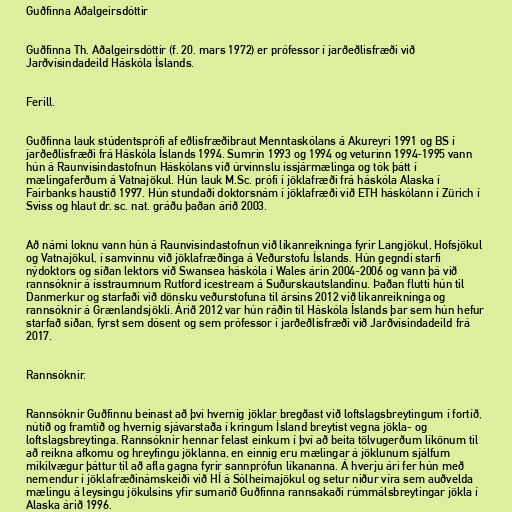
Guðfinna Aðalgeirsdóttir

Guðfinna Th. Aðalgeirsdóttir (f. 20. mars 1972) er prófessor í jarðeðlisfræði við
Jarðvísindadeild Háskóla Íslands.

Ferill.

Guðfinna lauk stúdentsprófi af eðlisfræðibraut Menntaskólans á Akureyri 1991 og BS í
jarðeðlisfræði frá Háskóla Íslands 1994. Sumrin 1993 og 1994 og veturinn 1994-1995 vann
hún á Raunvísindastofnun Háskólans við úrvinnslu íssjármælinga og tók þátt í
mælingaferðum á Vatnajökul. Hún lauk M.Sc. prófi í jöklafræði frá háskóla Alaska í
Fairbanks haustið 1997. Hún stundaði doktorsnám í jöklafræði við ETH háskólann í Zürich í
Sviss og hlaut dr. sc. nat. gráðu þaðan árið 2003.

Að námi loknu vann hún á Raunvísindastofnun við líkanreikninga fyrir Langjökul, Hofsjökul
og Vatnajökul, í samvinnu við jöklafræðinga á Veðurstofu Íslands. Hún gegndi starfi
nýdoktors og síðan lektors við Swansea háskóla í Wales árin 2004-2006 og vann þá við
rannsóknir á ísstraumnum Rutford icestream á Suðurskautslandinu. Þaðan flutti hún til
Danmerkur og starfaði við dönsku veðurstofuna til ársins 2012 við líkanreikninga og
rannsóknir á Grænlandsjökli. Árið 2012 var hún ráðin til Háskóla Íslands þar sem hún hefur
starfað síðan, fyrst sem dósent og sem prófessor í jarðeðlisfræði við Jarðvísindadeild frá
2017.

Rannsóknir.

Rannsóknir Guðfinnu beinast að því hvernig jöklar bregðast við loftslagsbreytingum í fortíð,
nútíð og framtíð og hvernig sjávarstaða í kringum Ísland breytist vegna jökla- og
loftslagsbreytinga. Rannsóknir hennar felast einkum í því að beita tölvugerðum líkönum til
að reikna afkomu og hreyfingu jöklanna, en einnig eru mælingar á jöklunum sjálfum
mikilvægur þáttur til að afla gagna fyrir sannprófun líkananna. Á hverju ári fer hún með
nemendur í jöklafræðinámskeiði við HÍ á Sólheimajökul og setur niður víra sem auðvelda
mælingu á leysingu jökulsins yfir sumarið Guðfinna rannsakaði rúmmálsbreytingar jökla í
Alaska árið 1996.